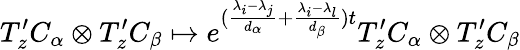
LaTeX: T_{z}^{\prime}C_{\alpha}\otimes T_{z}^{\prime}C_{\beta}\mapsto e^{(\frac{\lambda_{i}-\lambda_{j}}{d_{\alpha}}+\frac{\lambda_{i}-\lambda_{l}}{d_{\beta}})t}T_{z}^{\prime}C_{\alpha}\otimes T_{z}^{\prime}C_{\beta}